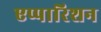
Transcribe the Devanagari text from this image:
एप्पारिशन